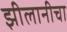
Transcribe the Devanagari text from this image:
झीलानीचा